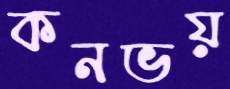
কনভয়